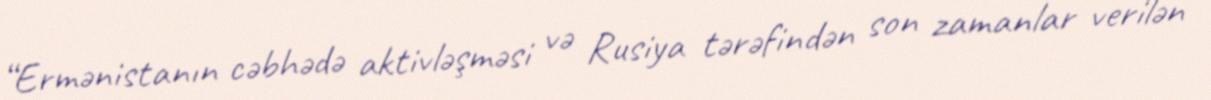
“Ermənistanın cəbhədə aktivləşməsi və Rusiya tərəfindən son zamanlar verilən